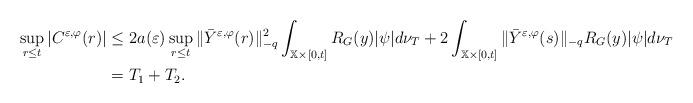
LaTeX: \begin{align*}\sup_{r\leq t}|C^{\varepsilon ,\varphi }(r)|& \leq 2a(\varepsilon)\sup_{r\leq t}\Vert \bar{Y}^{\varepsilon ,\varphi }(r)\Vert _{-q}^{2}\int_{\mathbb{X}\times \lbrack 0,t]}R_{G}(y)|\psi |d\nu _{T}+2\int_{\mathbb{X}\times \lbrack 0,t]}\Vert \bar{Y}^{\varepsilon ,\varphi }(s)\Vert_{-q}R_{G}(y)|\psi |d\nu _{T} \\& =T_{1}+T_{2}. \end{align*}